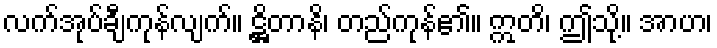
လက်အုပ်ချီကုန်လျက်။ ဋ္ဌိတာနိ၊ တည်ကုန်၏။ ဣတိ၊ ဤသို့။ အာဟ၊